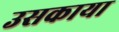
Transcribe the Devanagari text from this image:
उसकाया